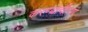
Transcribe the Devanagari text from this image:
करण्याचीपण